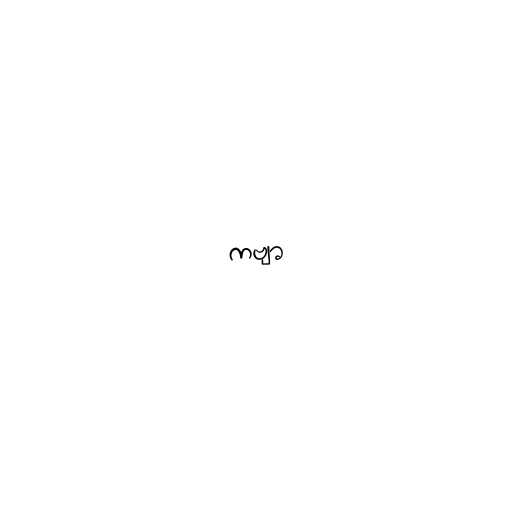
ကဗျာ